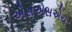
એસએસએચ